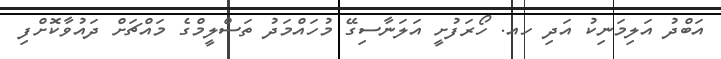
އަބްދު އަލިމަނިކު އަދި ހއ. ހޯރަފުށީ އަލަނާސިގޭ މުހައްމަދު ތަސްލީމްގެ މައްޗަށް ދައުވާކޮށްފި